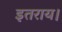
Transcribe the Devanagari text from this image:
इतराय।